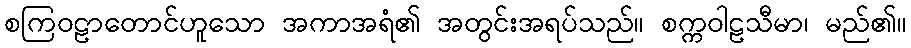
စကြဝဠာတောင်ဟူသော အကာအရံ၏ အတွင်းအရပ်သည်။ စက္ကဝါဠသီမာ၊ မည်၏။